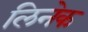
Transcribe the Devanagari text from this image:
लिनेक